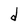
Character: d